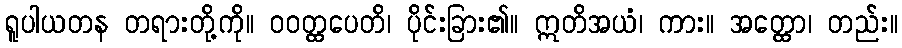
ရူပါယတန တရားတို့ကို။ ဝဝတ္ထပေတိ၊ ပိုင်းခြား၏။ ဣတိအယံ၊ ကား။ အတ္ထော၊ တည်း။